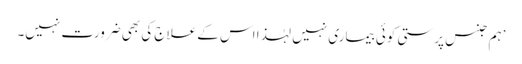
’ہم جنس پرستی کوئی بیماری نہیں لہٰذا اس کے علاج کی بھی ضرورت نہیں۔